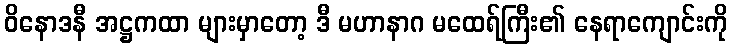
ဝိနောဒနီ အဋ္ဌကထာ များမှာတော့ ဒီ မဟာနာဂ မထေရ်ကြီး၏ နေရာကျောင်းကို